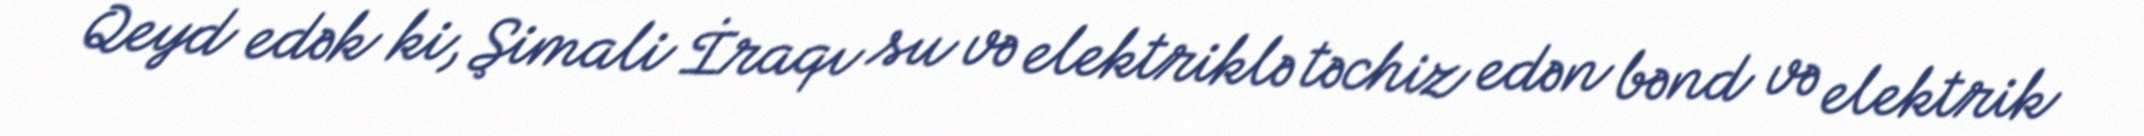
Qeyd edək ki, Şimali İraqı su və elektriklə təchiz edən bənd və elektrik